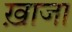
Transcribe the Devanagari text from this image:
ख़ाजा